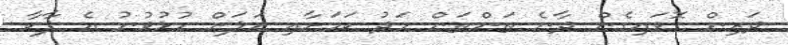
ދަރިން ގޮވައިގެން ދާނެ ތަންތަން މަދު ކަމަށާއި އަލަށް ހުޅުވުނު އެ ޕާކާ